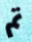
تم